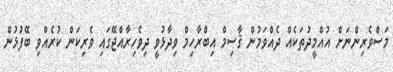
މަސްވެރިންނަށް އުއްމީދުތަކެއް ދެއްވަމުން ޤާސިމް އިބްރާހިމް ވިދާޅުވީ ދިވެހިރާއްޖޭގައި ވެރިކަން ކުރެއްވި ބޭފުޅުން